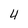
Character: 4